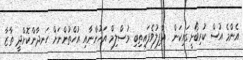
އެންމެ އުސް ކުރިބޯށީގައިކަން  ޣާފިލުވެފައިތިބި މުސްލިމް އަޚުންނާއި އުޚްތުންނަށް ހަނދާންކޮށްދީ ތާޒާ